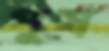
পুষ